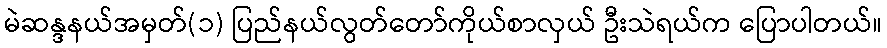
မဲဆန္ဒနယ်အမှတ်(၁) ပြည်နယ်လွတ်တော်ကိုယ်စာလှယ် ဦးသဲရယ်က ပြောပါတယ်။